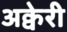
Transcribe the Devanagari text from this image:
अक्वेरी